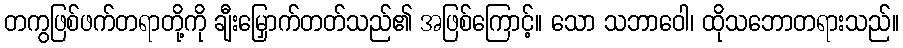
တကွဖြစ်ဖက်တရာတို့ကို ချီးမြှောက်တတ်သည်၏ အဖြစ်ကြောင့်။ သော သဘာဝေါ၊ ထိုသဘောတရားသည်။